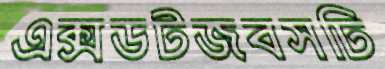
এক্সডটজবসঢি